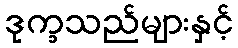
ဒုက္ခသည်များနှင့်